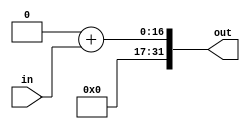
//ZeroExtend.v


module ZeroExtend(
	input wire [15:0] in,
	output reg [31:0] out);
	
	always @(in) begin
		out = 32'h00000000;
		out = out + in[15:0];
	end
endmodule